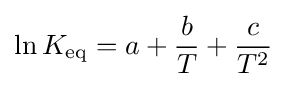
\ln K_{\mathrm {eq} }=a+{\frac {b}{T}}+{\frac {c}{T^{2}}}